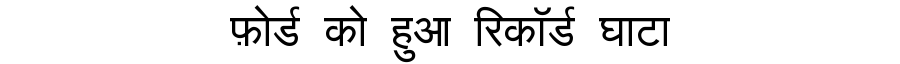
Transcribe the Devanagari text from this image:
फ़ोर्ड को हुआ रिकॉर्ड घाटा